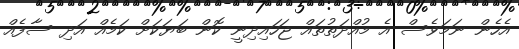
އެހެން ނަމަވެސް އެ މުއްދަތުތައް ޖަހައިދިނީ ކޮން ބަޔަކަށް ކަމެއް އަދި ސާފެއް